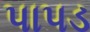
પાપડ